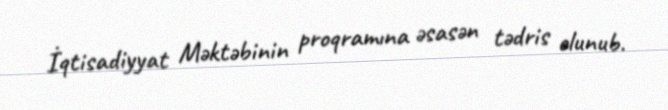
İqtisadiyyat Məktəbinin proqramına əsasən tədris olunub.